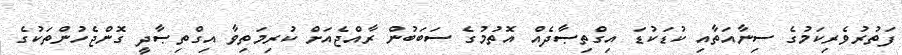
ފަތުރުވެރިކަމުގެ ސިނާއަތާއި ކުޑަކުޑަ އިގްތިޞާދެއް އޮތުމުގެ ސަބަބުން ރާއްޖެއަށް ކުރިމަތިވާ އިގްތިޞާދީ ގޮންޖެހުންތަކުގެ